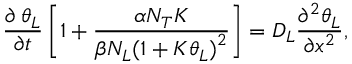
\frac { \partial \, { { \theta } _ { L } } } { \partial t } \left[ 1 + \frac { \alpha { { N } _ { T } } K } { \beta { { N } _ { L } } { { ( 1 + K { { \theta } _ { L } } ) } ^ { 2 } } } \right] = { { D } _ { L } } \frac { { { \partial } ^ { 2 } } { { \theta } _ { L } } } { \partial { { x } ^ { 2 } } } ,